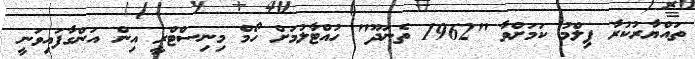
ތައްޔާރުކުރާ ފިލްމު ކަމަށްވާ "1962 ތެނަދޫ" ހުއްޓާލުމަށް ހޯމް މިނިސްޓްރީ އިން އަންގާފައިވަނީ